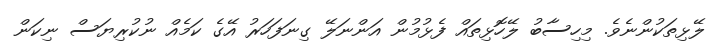
ލޭޅިތަކުންނެވެ. މިހިސާބު ލޭހޮޅިތައް ފެޅުމުން އަންނަލޭ ގިނަފަހަރު އޭގެ ކަމެއް ނުކުރިޔަސް ނިކަން